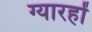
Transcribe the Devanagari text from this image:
ग्यारहों